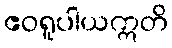
ဧဝရူပါယဣတိ